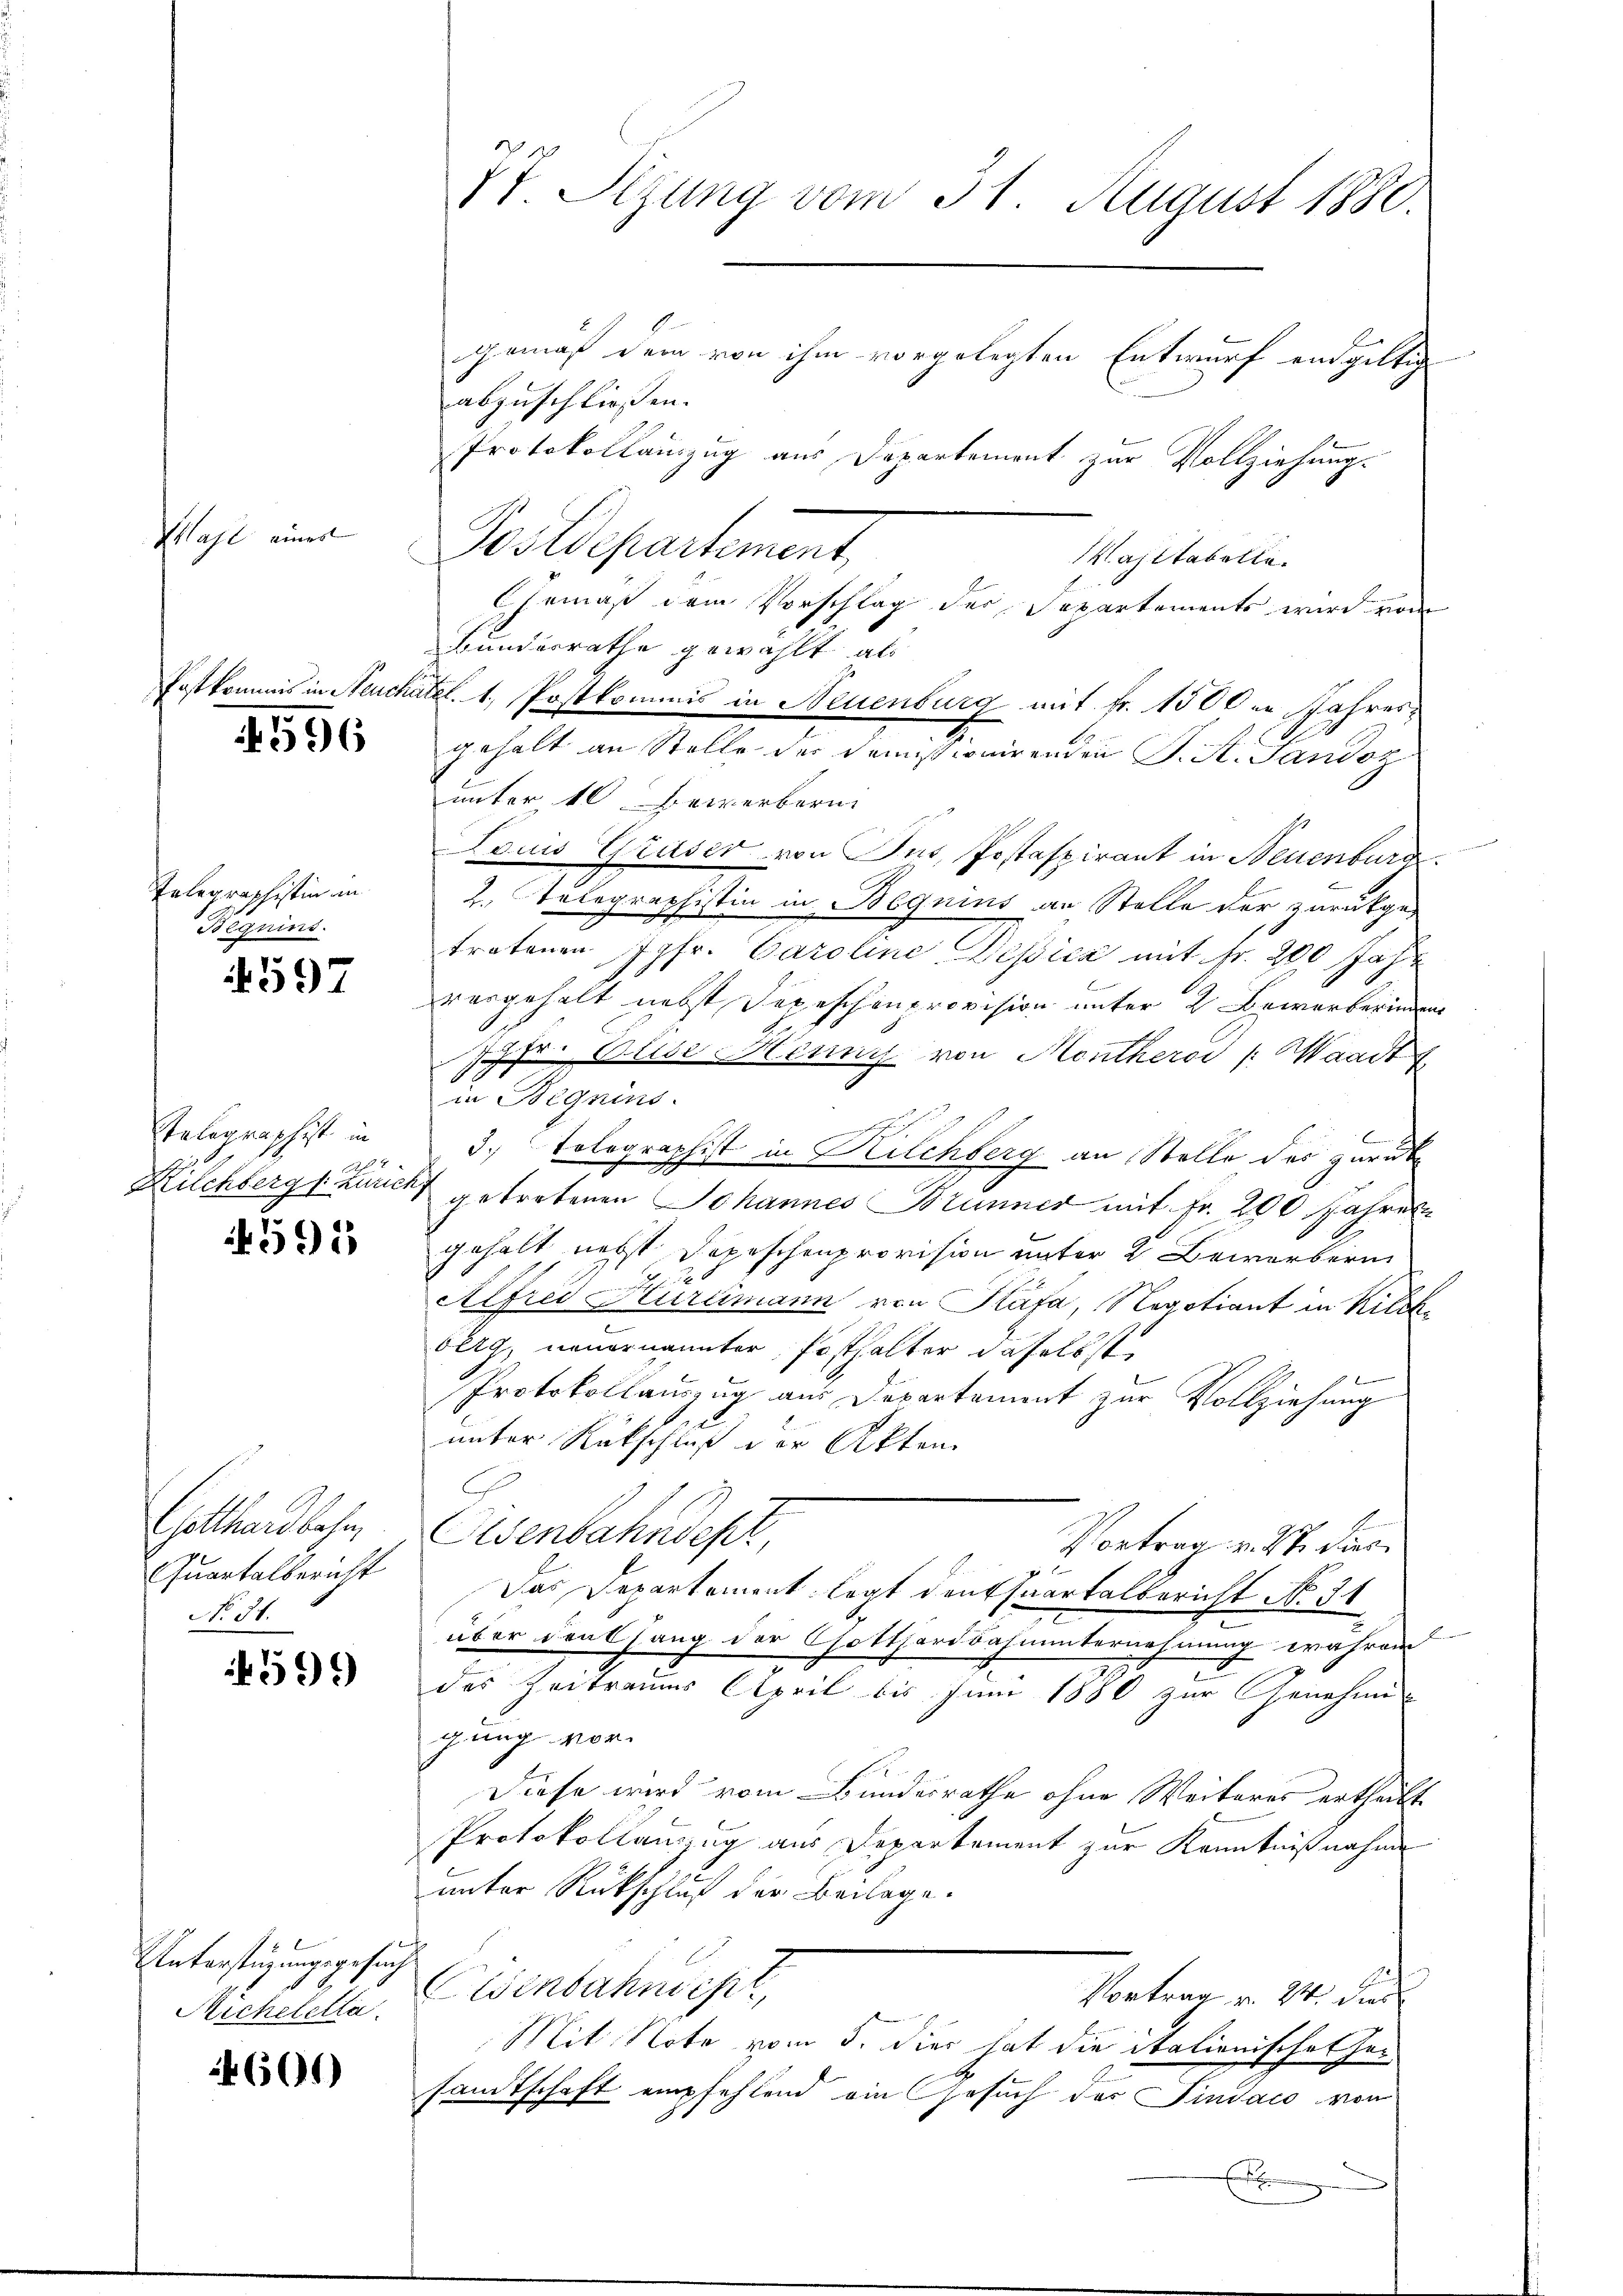
Mahl einer

4596

Telegraphistin in
Beguins.
4597

Telegraphist in

1595

Gotthardbahn
Quartalbericht
No 34.

599

Unterstüzungsgesuch.
Michelella.

4605)

t. Sizung vom 31. August 1880.
gemäß dem von ihm vorgelegten Entwurf endgültig
abzuschließen.
Protokollauszug aus Departement zur Vollziehung.

Bundesrathe gewählt, als
Postkommis in Neuchatel. 1. Postkommis in Neuenburg mit Fr. 1500er Jahres
gehalt an Stelle der Demissionirenden S. S. Sandoz
unter 10 Bewerbern
Louis Gruser von Tut, Postaspirant in Neuenburge
2. Telegraphistin in Beguins an Stelle vor zurükgetratenen Jgfr. Caroline Besich mit Fr. 200 Jahr
vergehalt nebst Depeschenprovision unter 2 Bewerberingen
Pfr. Elise Henni von Montheroi /: Waadt
in Begnins.

3. Tolographist in Kilchberg an Stelle des zurüke
Kilchbergs Züricht getretenen Johannes Brunner mit Fr. 200 Jahres
gehalt nebst Depeschenprovision unter 2 Bewerbern
Alfred Hurlimann von Stäfa, Negotiant in Kilchberg, neuernannter, Posthalter daselbst
f
Protokollauszug aus Departement zur Vollziehung
unter Rückschluß der Akten
Eisenbahndept,
Vortrag v. 27. dies
Das Departement legt den Quartalbericht No 31
über denkhang der Gotthardbahnunternehmung während
7
des Zeitraums April bis Juni 1880 zur Genehmigung vor.
Diese wird vom Bundesrathe ohne Weiteres ertheilt
Protokollanzzug aus Departement zur Kenntnißnahme
unter Rückschluß der Beilage.
Eisenbahnscht,
Vortrag v. 24. dies
Mit Note vom 5. Dies hat die italienischet her
sandtschaft empfehlend ein Gesuch des Pindaco von

Postdepartement,

Mahl tabelle.
Gemäß dem Vorschlag der Separtements wird von